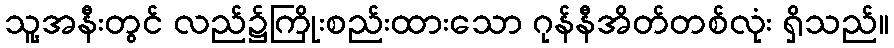
သူ့အနီးတွင် လည်၌ကြိုးစည်းထားသော ဂုန်နီအိတ်တစ်လုံး ရှိသည်။